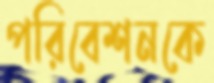
পরিবেশনকে